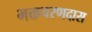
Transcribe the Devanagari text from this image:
भक्तचरणदास